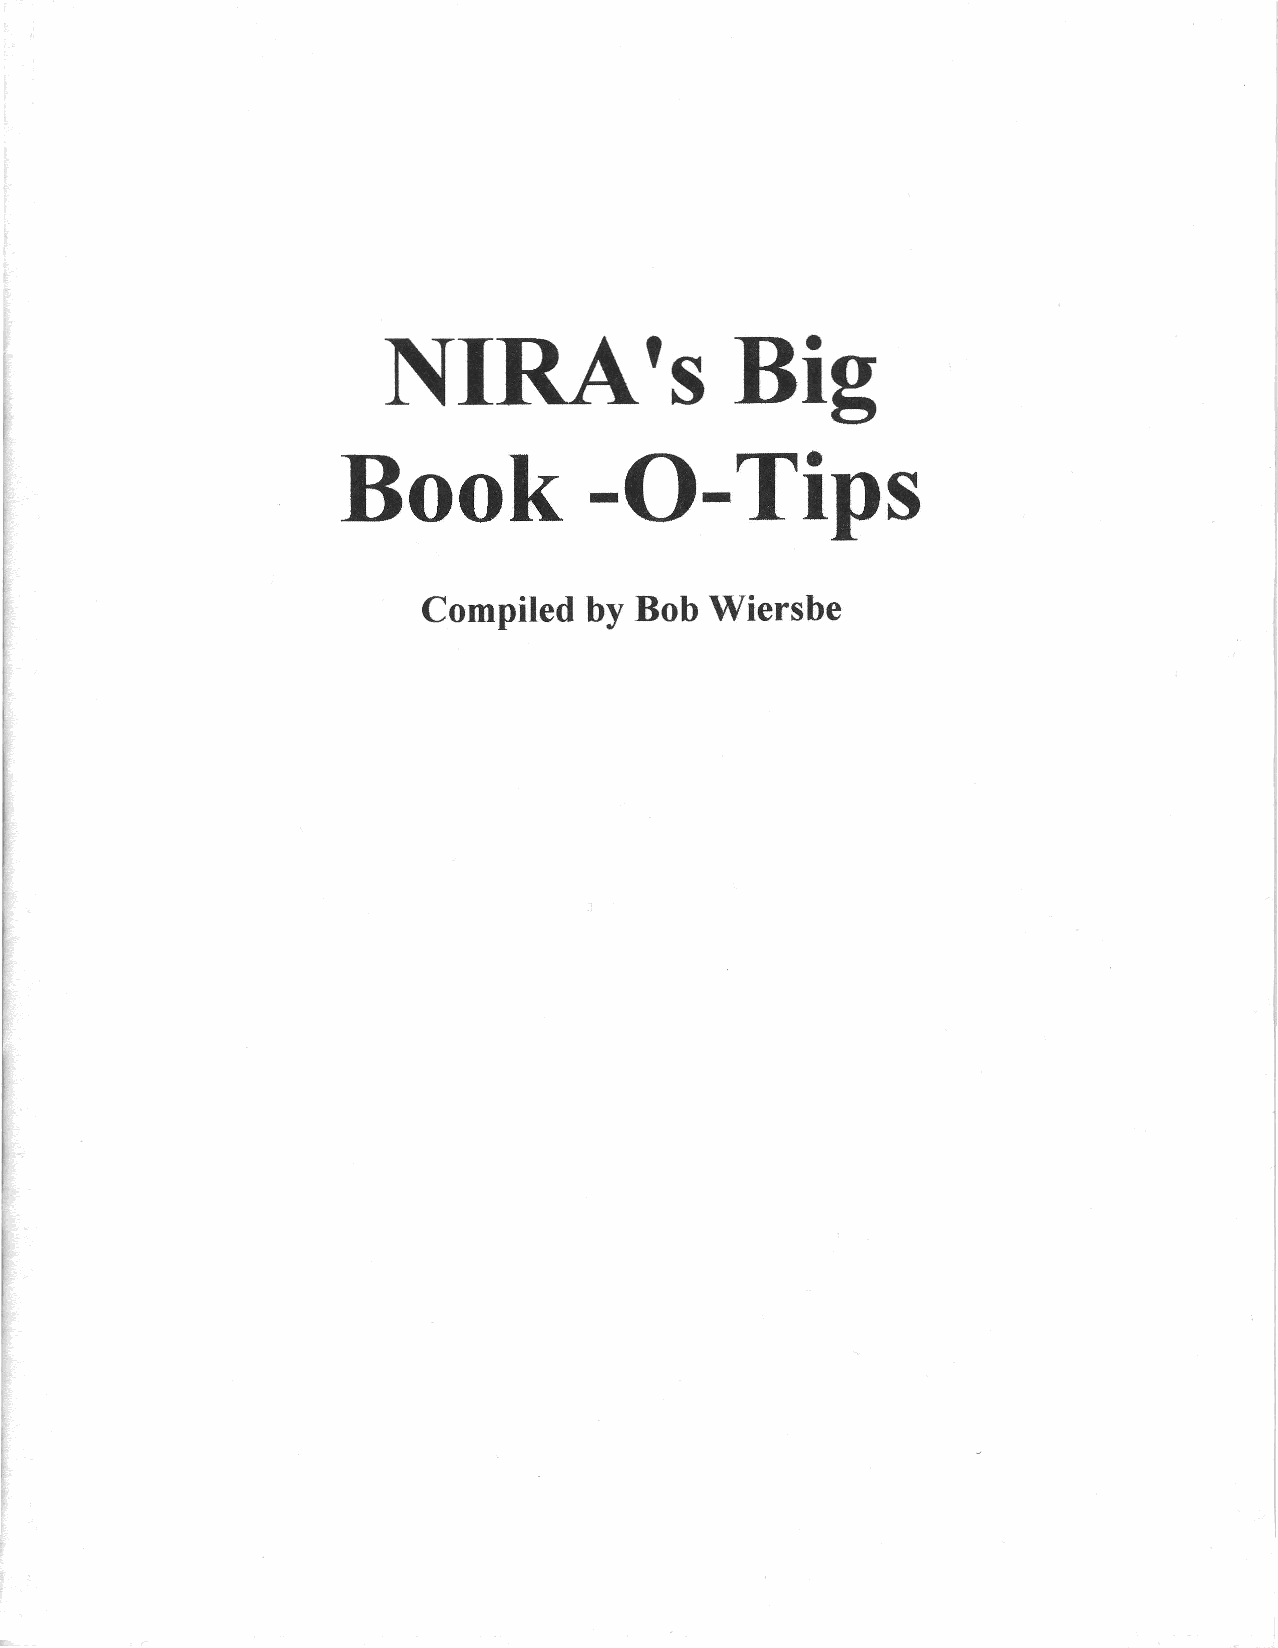
NlRA's                  Big
 Book            -O-Tips
 Compiled   by Bob  Wiersbe